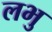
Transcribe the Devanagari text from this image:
लभु